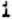
1